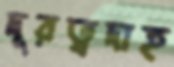
দূরত্বদাহ